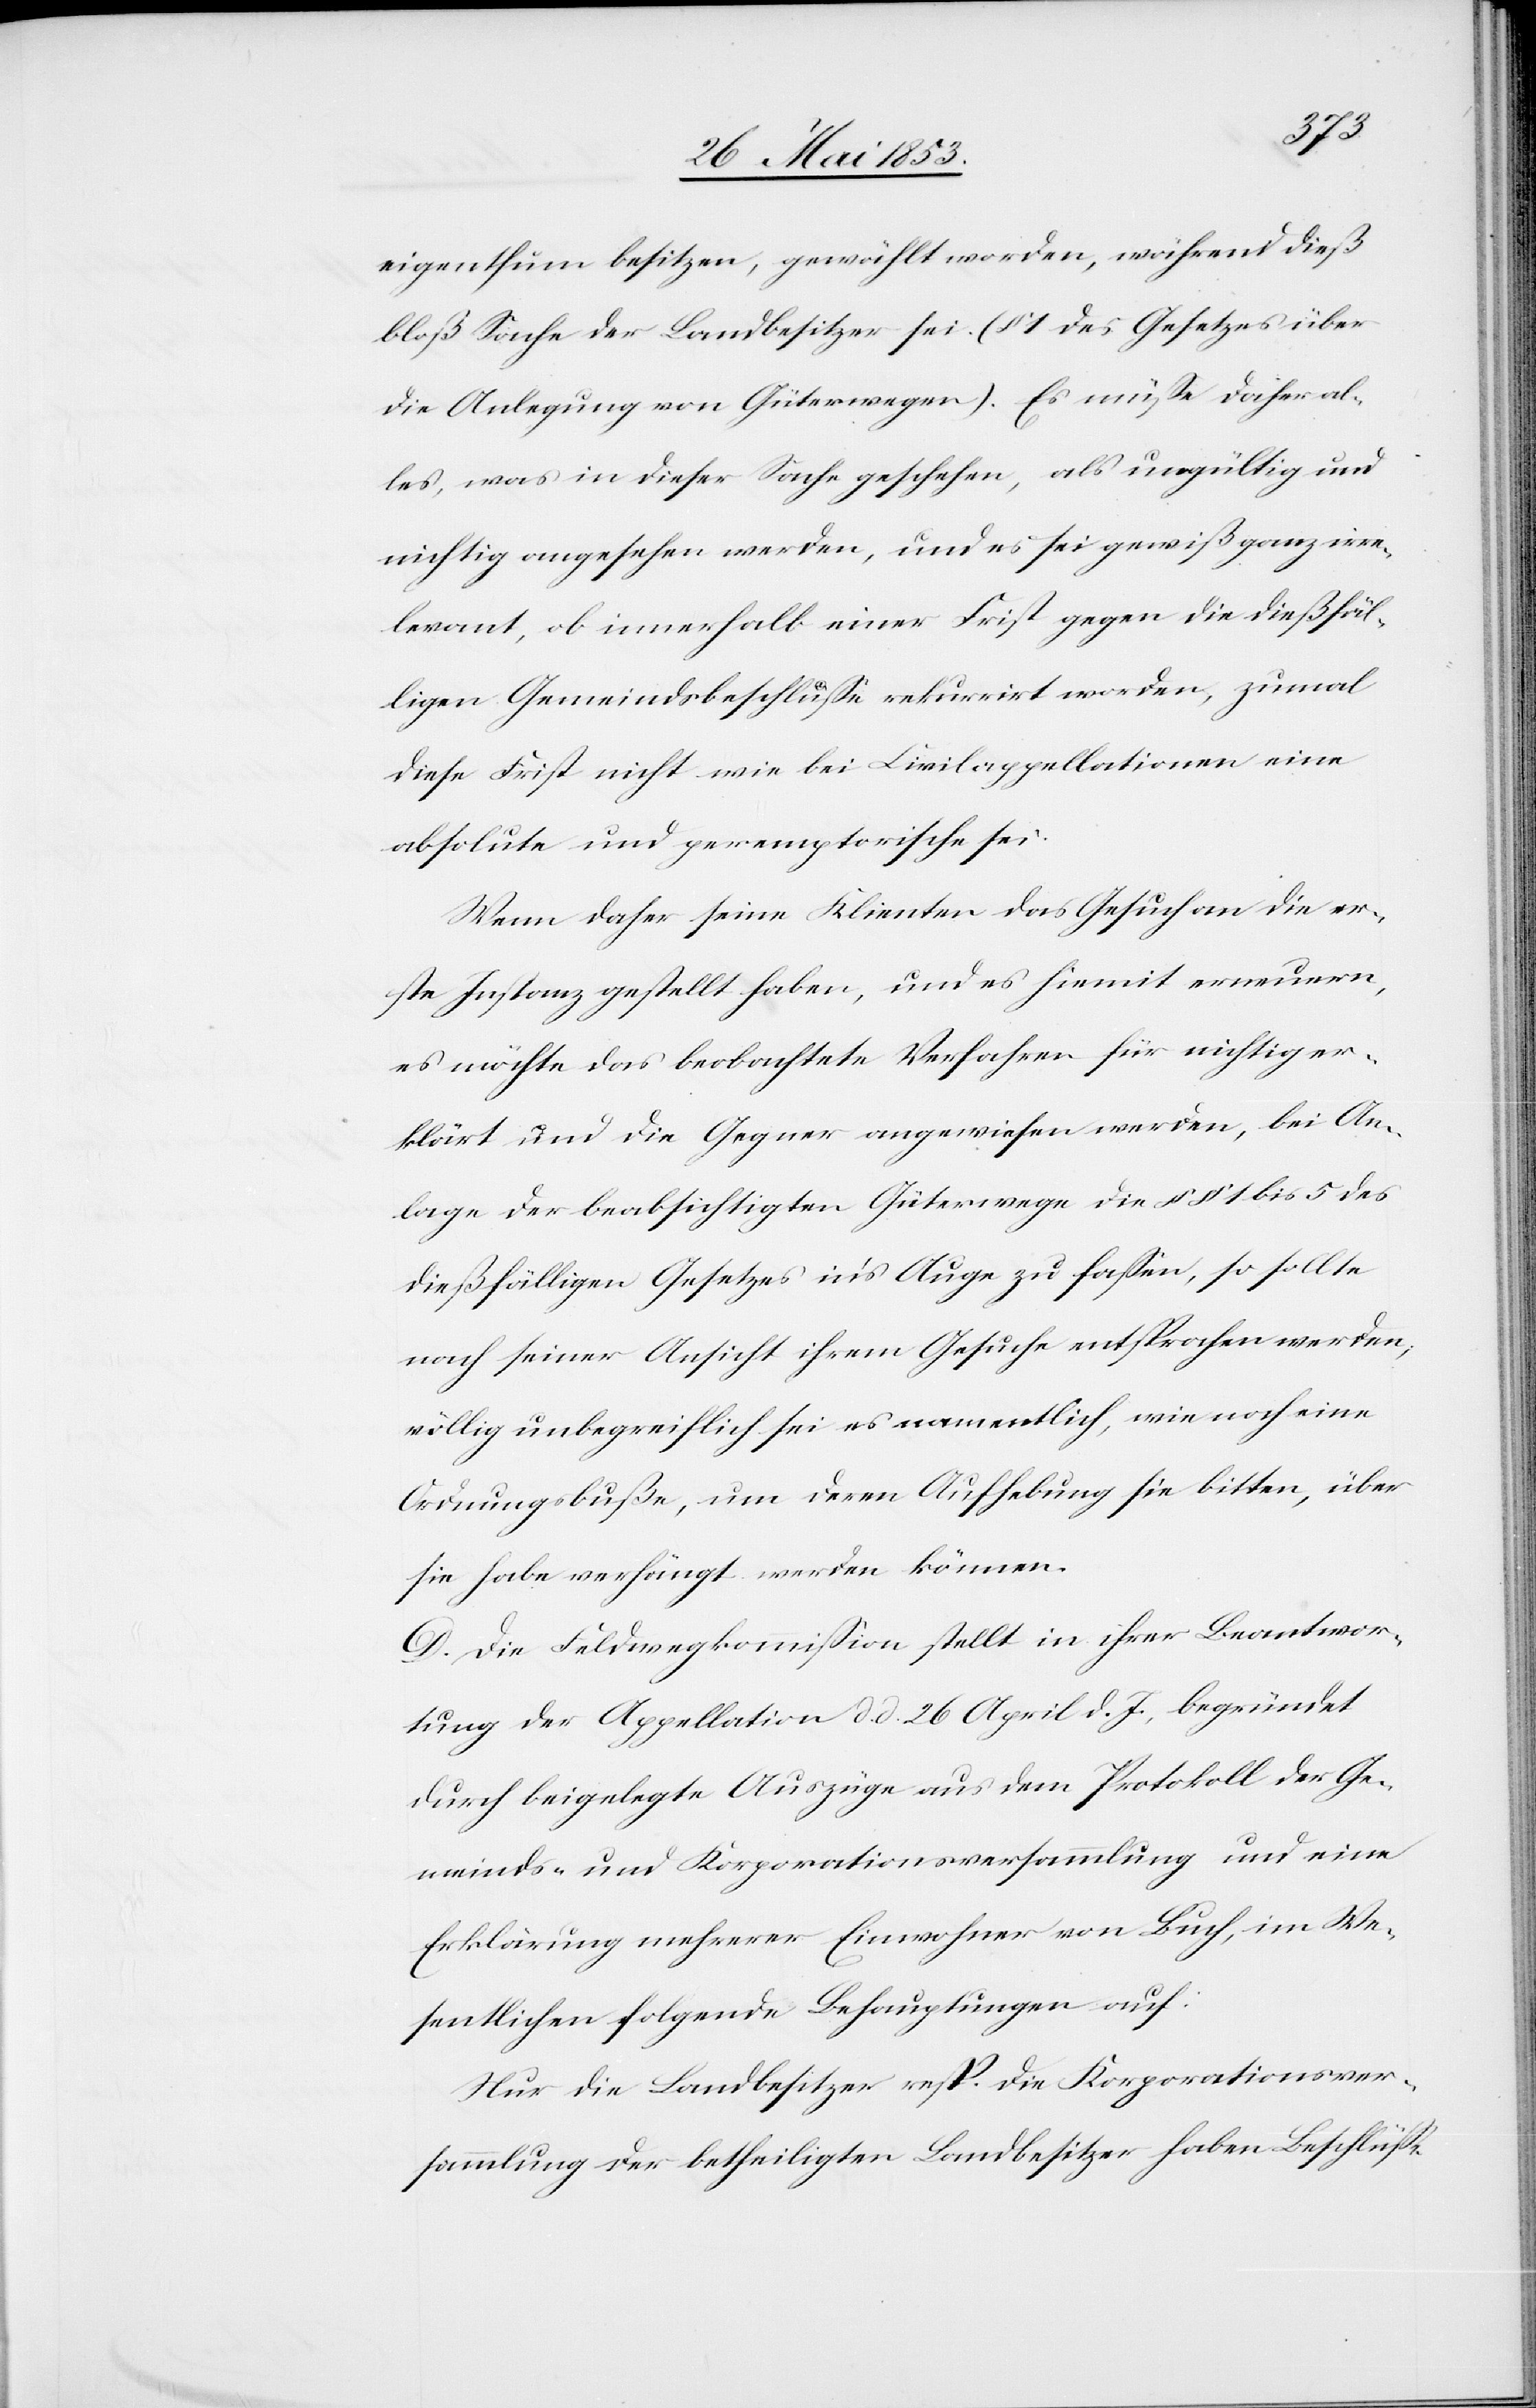
eigenthum besitzen, gewählt worden, während dieß
bloß Sache der Landbesitzer sei. (§ 1 des Gesetzes über
die Anlegung von Güterwegen). Es müße daher al¬
les, was in dieser Sache geschehen, als ungültig und
nichtig angesehen werden, und es sei gewiß ganz irre¬
levant, ob innerhalb einer Frist gegen die dießfäl¬
ligen Gemeindsbeschluße rekurrirt worden, zumal
diese Frist nicht wie bei Civilappellationen eine
absolute und peremptorische sei.
Wenn daher seine Klienten das Gesuch an die er¬
ste Instanz gestellt haben, und es hiemit erneuern,
es möchte das beobachtete Verfahren für nichtig er¬
klärt und die Gegner angewiesen werden, bei An¬
lage der beabsichtigten Güterwege die §§ 1 bis 5 des
dießfälligen Gesetzes in’s Auge zu faßen, so sollte
nach seiner Ansicht ihrem Gesuche entsprochen werden,
völlig unbegreiflich sei es namentlich, wie noch eine
Ordnungsbuße, um deren Aufhebung sie bitten, über
sie habe verhängt werden können.
D. Die Feldwegkommißion stellt in ihrer Beantwor¬
tung der Appellation d. d. 26 April d. Js. begründet
durch beigelegte Auszüge aus dem Protokoll der Ge¬
meinds- und Korporationsversammlung und eine
Erklärung mehrerer Einwohner von Buch, im We¬
sentlichen folgende Behauptungen auf:
Nur die Landbesitzer resp. die Korporationsver¬
sammlung der betheiligten Landbesitzer haben Beschlüße